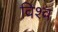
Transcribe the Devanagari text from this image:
विश्व